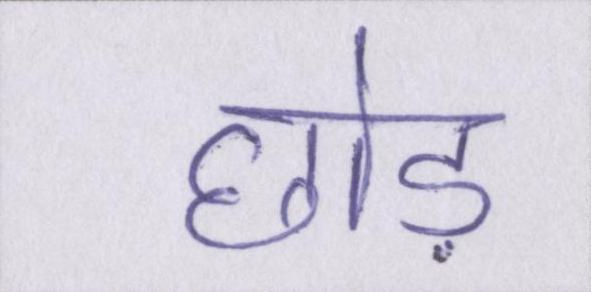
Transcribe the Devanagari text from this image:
छोड़